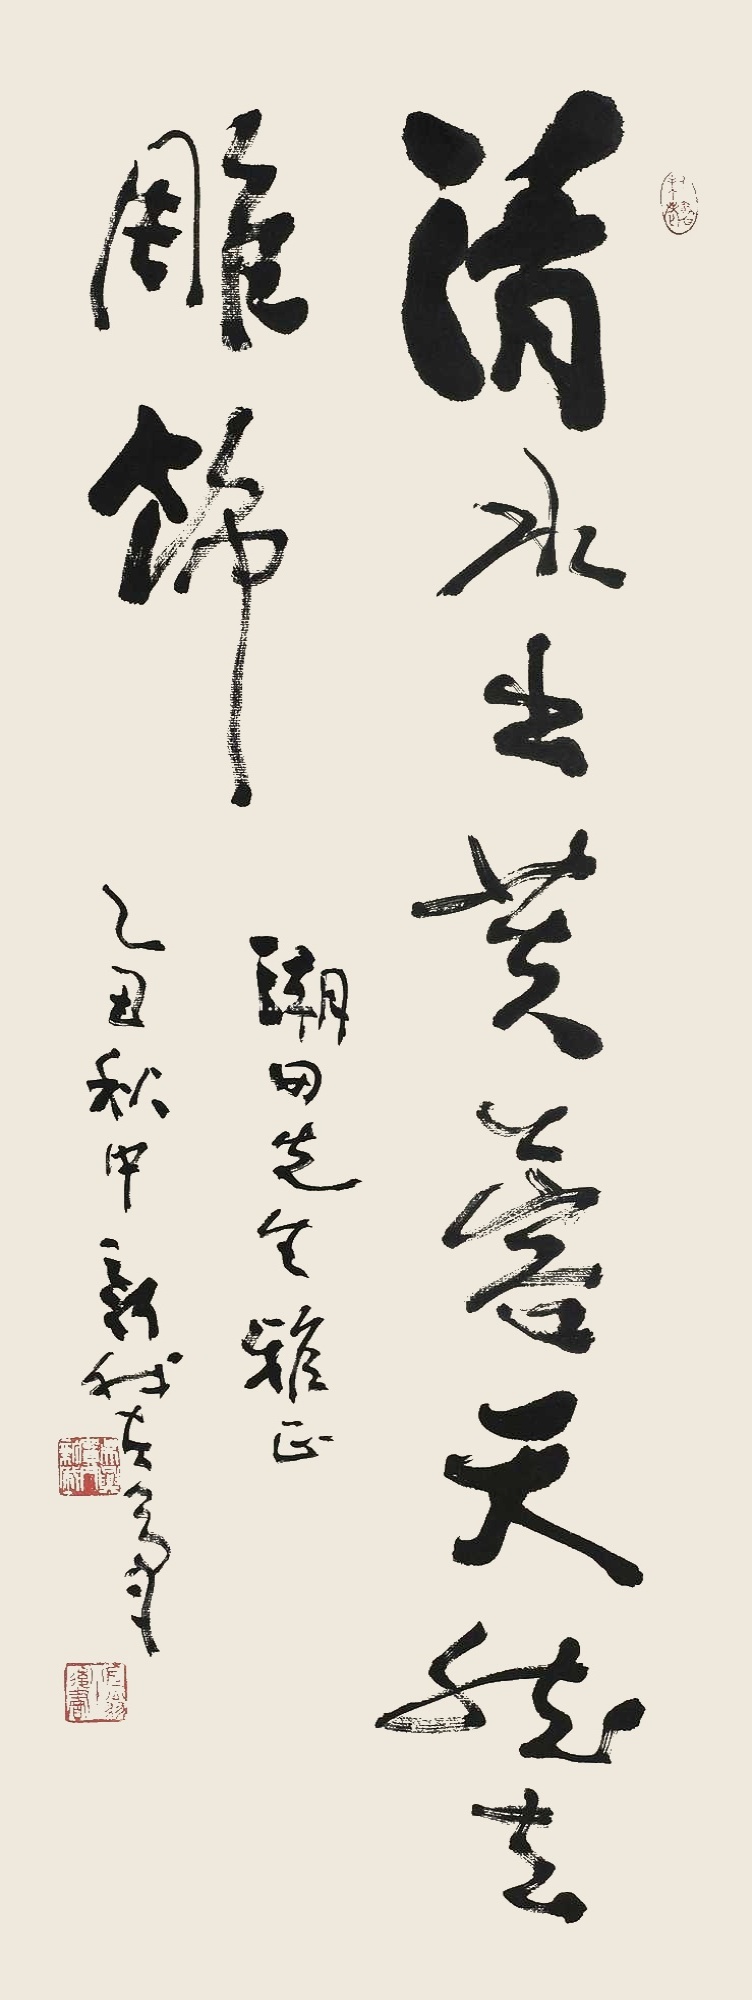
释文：清水出芙蓉，天然去雕饰。潮田先生雅正，乙丑（1985年）秋中，新我左笔。